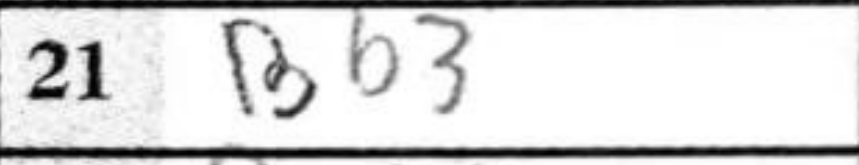
Transcription: Bb3